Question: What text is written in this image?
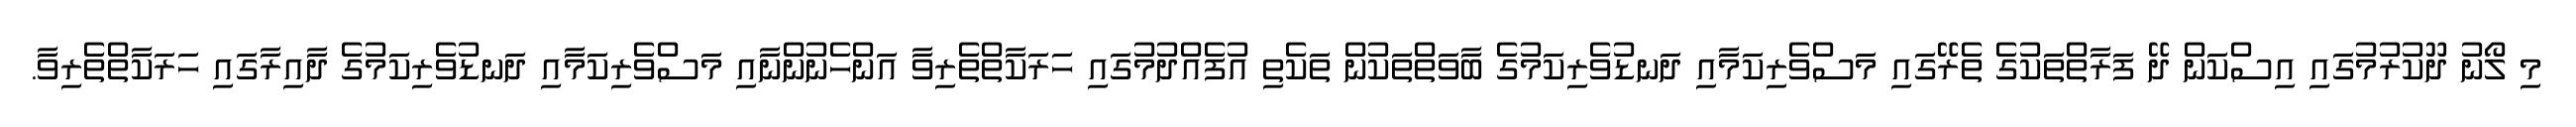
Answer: މި ލޯނު ދޫކުރުމުގައި އިސްކަން ދޭ ފަރާތްތަކުގެ ތެރޭގައި މަސްވެރިކަމާއި ދަނޑުވެރިކަމުގެ ބާވަތްތަކުން ތަކެތި އުފެއްދުމުގައި ހަރަކާތްތެރިވާ އަންހެނުންނާއި މަސްވެރިކަމާއި ދަނޑުވެރިކަމުގެ ދާއިރާގައި ހަރަކާތްތެރިވާ.